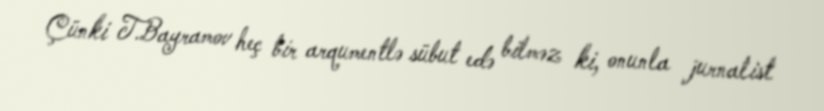
Çünki T.Bayramov heç bir arqumentlə sübut edə bilməz ki, onunla jurnalist